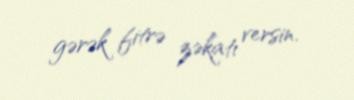
gərək fitrə zəkatı versin.